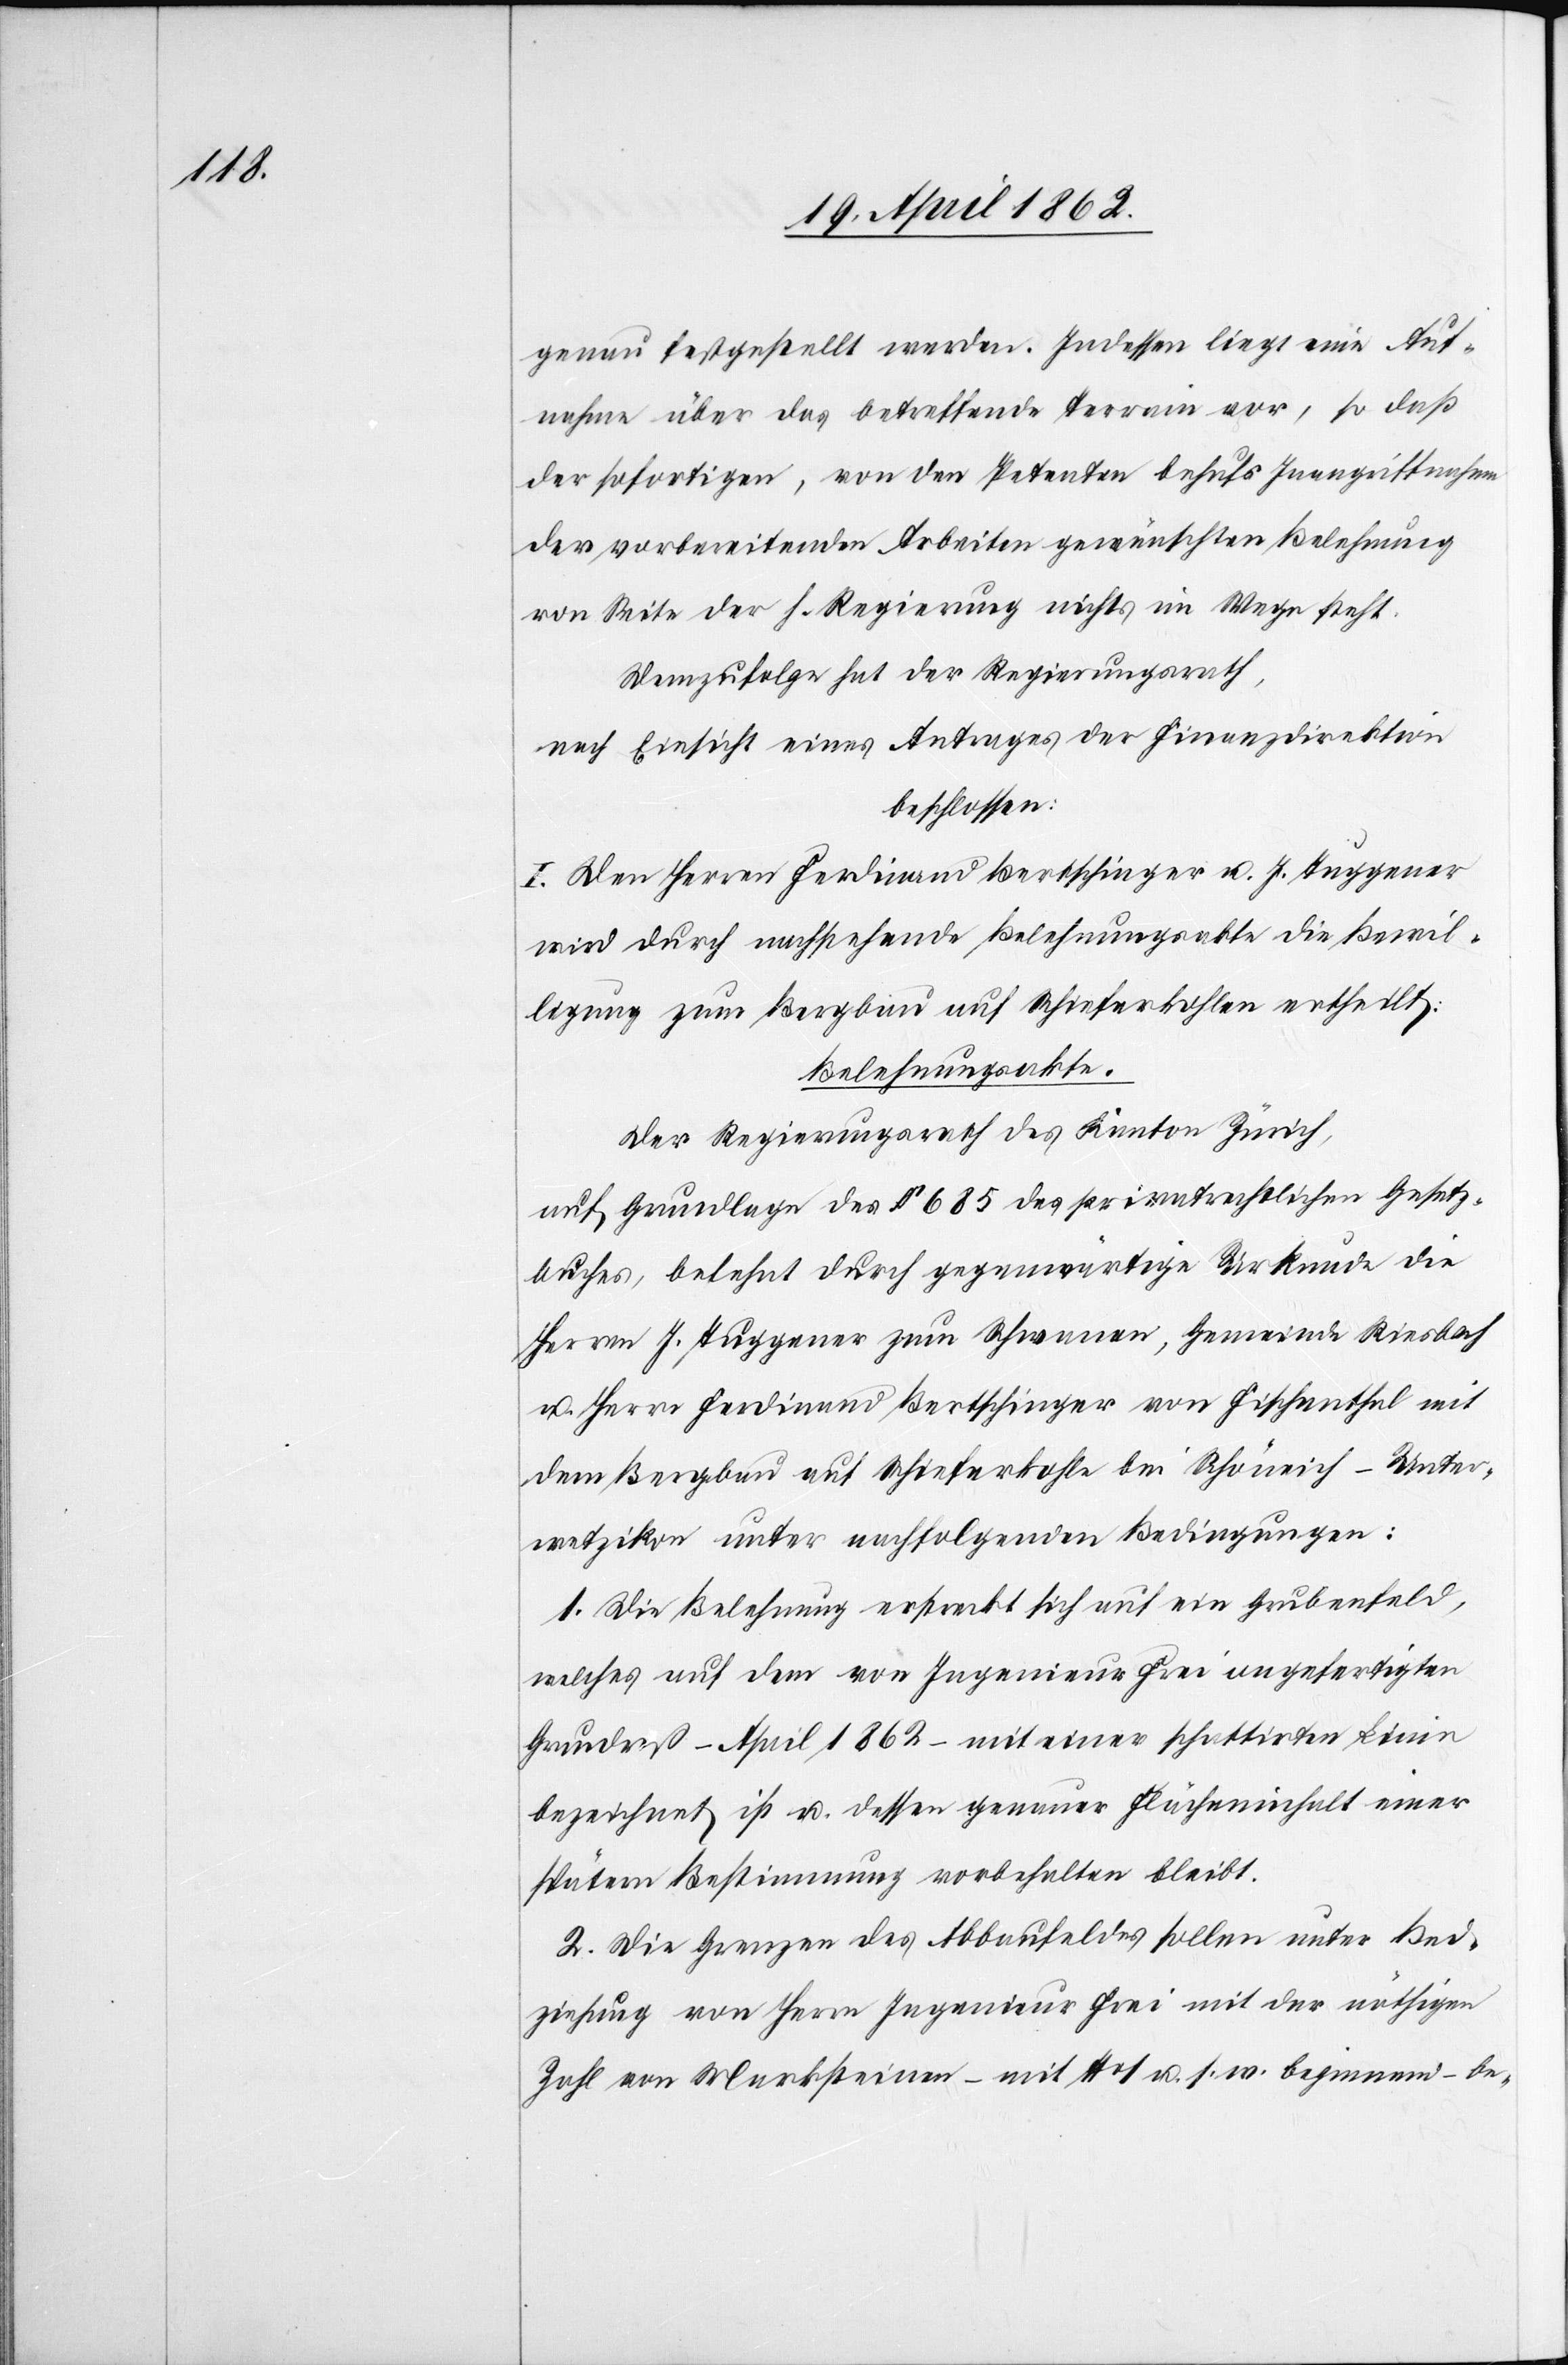
genau festgestellt werden. Indessen liegt eine Auf¬
nahme über das betreffende Terrain vor, so daß
der sofortigen, von den Petenten behufs Inangriffnahme
der vorbereitenden Arbeiten gewünschten Belehnung
von Seite der h. Regierung nichts im Wege steht.
Demzufolge hat der Regierungsrath,
nach Einsicht eines Antrages der Finanzdirektion
beschlossen:
I. Den Herren Ferdinand Bertschinger u. J. Tuggener
wird durch nachstehende Belehnungsakte die Bewil¬
ligung zum Bergbau auf Schieferkohlen ertheilt.
Belehnungsakte.
Der Regierungsrath des Kanton Zürich,
auf Grundlage des § 685 des privatrechtlichen Gesetz¬
buches, belehnt durch gegenwärtige Urkunde die
Herren J Tuggener zum Schwanen, Gemeinde Riesbach
u. Herr Ferdinand Bertschinger von Fischenthal mit
dem Bergbau auf Schiefernkohle bei Schöneich-Unter¬
wetzikon unter nachfolgenden Bedingungen:
1. Die Belehnung erstreckt sich auf ein Grubenfeld,
welches auf dem von Ingenieur Frei angefertigten
Grundriß – April 1862 – mit einer schattirten Linie
bezeichnet ist u. dessen genauer Flächeninhalt einer
spätern Bestimmung vorbehalten bleibt.
2. Die Grenzen des Abbaufeldes sollen unter Bed¬
ziehung [sic!] von Herrn Ingenieur Frei mit der nöthigen
Zahl von Marksteinen –mit No. 1 u. s. w. beginnend – be-